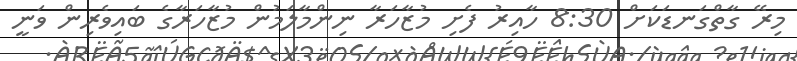
މިރޭ ގާތްގަނޑަކަށް 8:30 ހާއިރު ފެށި މުޒާހަރާ ނިންމާލަމުން މުޒާހަރާގެ ބައިވެރިން ވަނީ